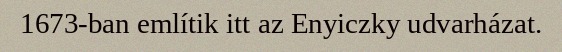
1673-ban említik itt az Enyiczky udvarházat.